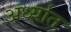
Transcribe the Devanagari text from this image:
अर्ध्यात